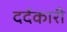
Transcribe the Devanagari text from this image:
दर्दकारी